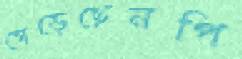
গেড়েছেনপি